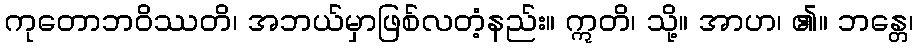
ကုတောဘဝိဿတိ၊ အဘယ်မှာဖြစ်လတံ့နည်း။ ဣတိ၊ သို့။ အာဟ၊ ၏။ ဘန္တေ၊